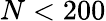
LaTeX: N<200